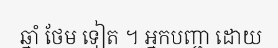
ឆ្នាំ ថែម ទៀត ។ អ្នកបញ្ជា ដោយ